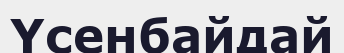
Үсенбайдай